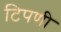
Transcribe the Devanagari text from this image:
टिपणी